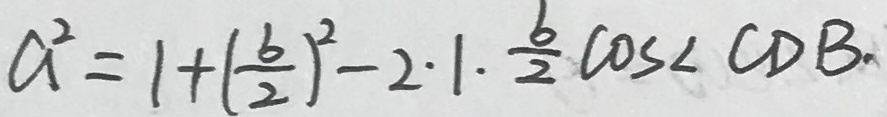
a ^ { 2 } = 1 + ( \frac { b } { 2 } ) ^ { 2 } - 2 \cdot 1 \cdot \frac { b } { 2 } \cos \angle C D B .